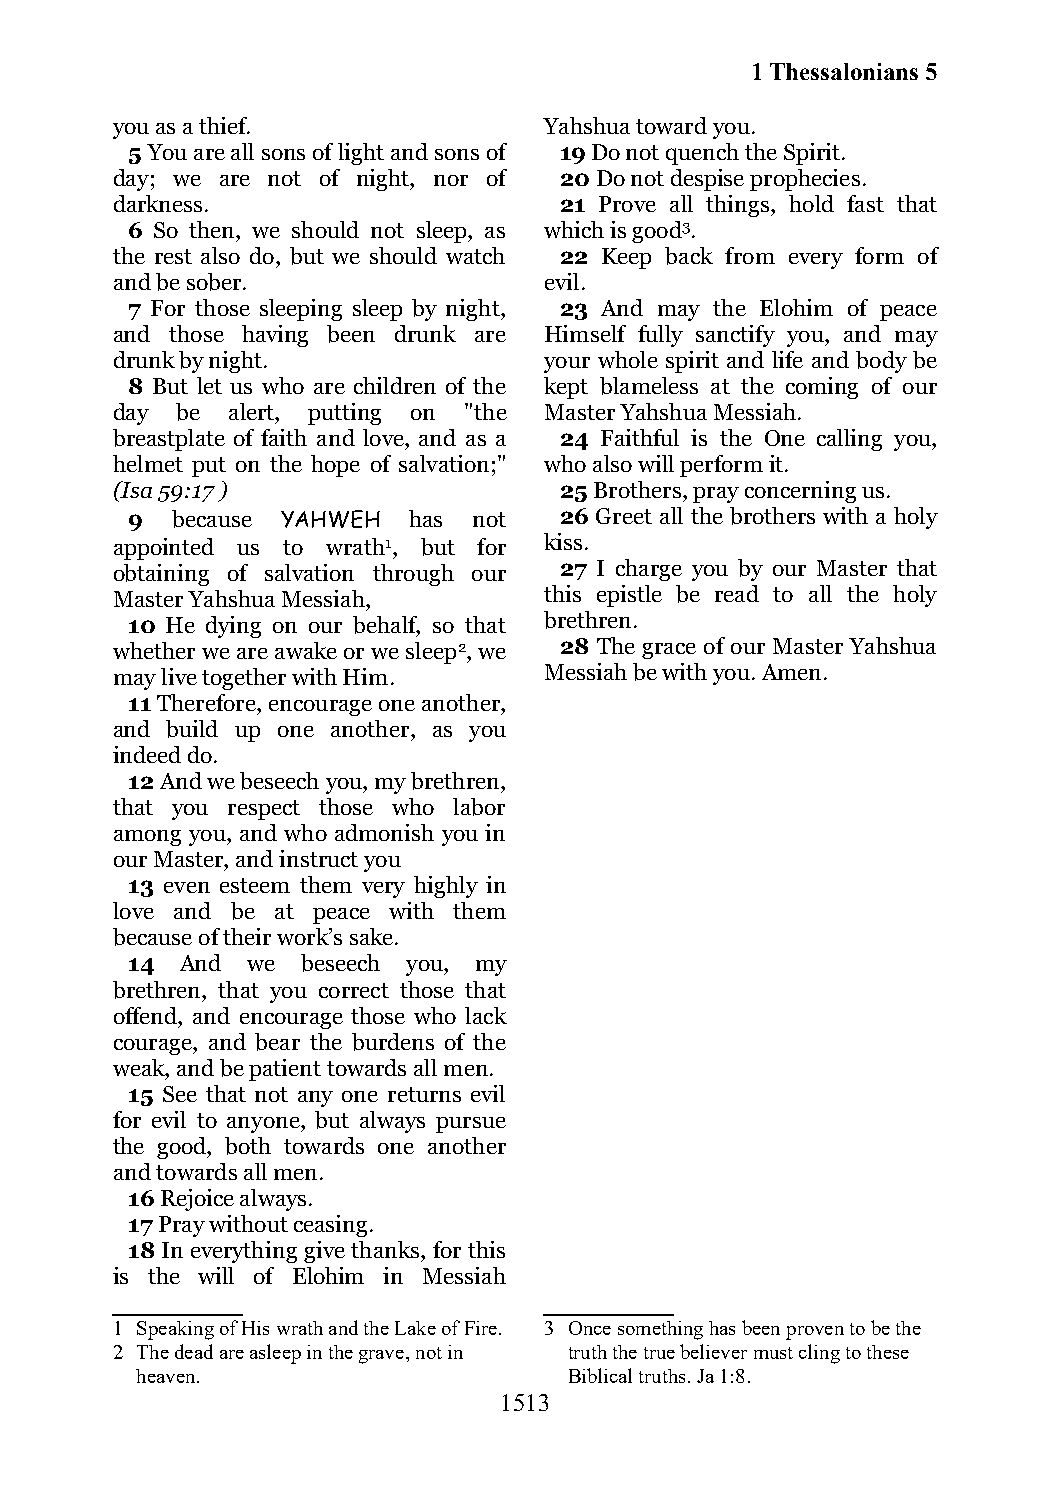
1 Thessalonians 5
 you as a thief.              Yahshua toward you.
 5 You are all sons of light and sons of 19 Do not quench the Spirit.
 day; we are not of night, nor of 20 Do not despise prophecies.
 darkness.                     21 Prove all things, hold fast that
 6 So then, we should not sleep, as which is good3.
 the rest also do, but we should watch 22 Keep back from every form of
 and be sober.                evil.
 7 For those sleeping sleep by night, 23 And may the Elohim of peace
 and those having been drunk are Himself fully sanctify you, and may
 drunk by night.              your whole spirit and life and body be
 8 But let us who are children of the kept blameless at the coming of our
 day  be alert, putting on "the Master Yahshua Messiah.
 breastplate of faith and love, and as a 24 Faithful is the One calling you,
 helmet put on the hope of salvation;" who also will perform it.
 (Isa 59:17 )                  25 Brothers, pray concerning us.
 9  because YAHWEH  has not   26 Greet all the brothers with a holy
 appointed us to wrath1, but for kiss.
 obtaining of salvation through our 27 I charge you by our Master that
 Master Yahshua Messiah,      this epistle be read to all the holy
 10 He dying on our behalf, so that brethren.
 whether we are awake or we sleep2, we 28 The grace of our Master Yahshua
 may live together with Him.  Messiah be with you. Amen.
 11 Therefore, encourage one another,
 and build up one another, as you
 indeed do.
 12 And we beseech you, my brethren,
 that you respect those who labor
 among you, and who admonish you in
 our Master, and instruct you
 13 even esteem them very highly in
 love and be at peace with them
 because of their work’s sake.
 14  And we  beseech you, my
 brethren, that you correct those that
 offend, and encourage those who lack
 courage, and bear the burdens of the
 weak, and be patient towards all men.
 15 See that not any one returns evil
 for evil to anyone, but always pursue
 the good, both towards one another
 and towards all men.
 16 Rejoice always.
 17 Pray without ceasing.
 18 In everything give thanks, for this
 is the will of Elohim in Messiah
 1 Speaking of His wrath and the Lake of Fire. 3 Once something has been proven to be the
 2 The dead are asleep in the grave, not in truth the true believer must cling to these
 heaven.                      Biblical truths. Ja 1:8.
 1513